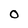
Character: O